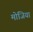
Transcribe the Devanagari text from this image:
मोजिया